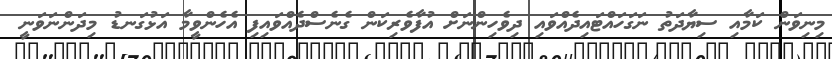
މިނިވަން ކަމާއި ސިޔާދަތު ނަގަހައްޓައިދެއްވައި ދިވެހިންނަށް އުފާވެރިކަން ގެނެސްދެއްވައިފި އެހެންވީމާ އަޅުގަނޑު މިދަންނަވަނީ